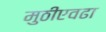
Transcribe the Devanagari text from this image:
मुठीएवढा